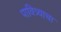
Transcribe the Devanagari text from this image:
पावित्र्याचा